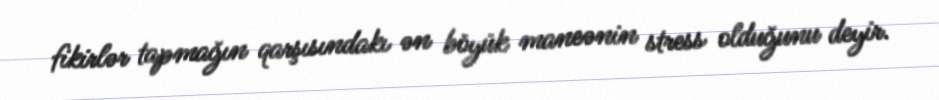
fikirlər tapmağın qarşısındakı ən böyük maneənin stress olduğunu deyir.